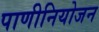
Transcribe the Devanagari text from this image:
पाणीनियोजन